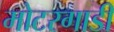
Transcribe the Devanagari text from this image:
मोटरगाडी